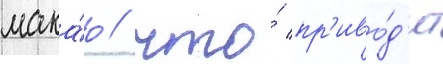
мака́о / что́ пр'иво́д'ит